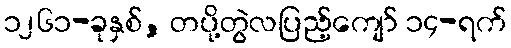
၁၂၆၁-ခုနှစ်, တပို့တွဲလပြည့်ကျော် ၁၄-ရက်